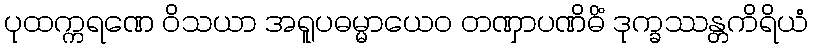
ပုထက္ကရဏေ ဝိသယာ အရူပဓမ္မာယေဝ တဏှာပဏိဓိံ ဒုက္ခဿန္တကိရိယံ